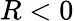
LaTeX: R<0